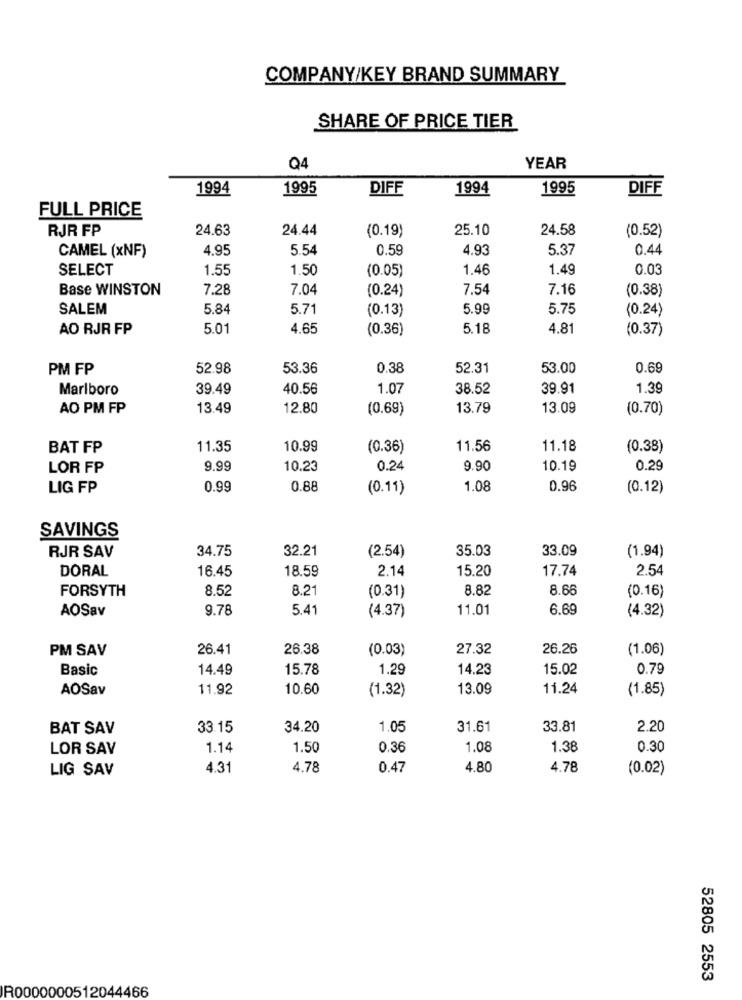
COMPANY/KEY BRAND SUMMARY
SHARE OF PRICE TIER
Q4
YEAR
1994
1995
DIFF
1994
1995
DIFF
FULL PRICE
RJR FP
24.63
24.44
(0.19)
25.10
24.58
(0.52)
CAMEL (xNF)
4.95
5.54
0.59
4.93
5.37
0.44
SELECT
1.55
1.50
(0.05)
1.46
1.49
0.03
Base WINSTON
7.28
7.04
(0.24)
7.54
7.16
(0.38)
SALEM
5.84
5.71
(0.13)
5.99
5.75
(0.24)
AO RJR FP
5.01
4.65
(0.36)
5.18
4.81
(0.37)
PM FP
52.98
53.36
0.38
52.31
53.00
0.69
Marlboro
39.49
40.56
1.07
38.52
39.91
1.39
AO PM FP
13.49
12.80
(0.69)
13.79
13.09
(0.70)
BAT FP
11.35
10.99
(0.36)
11.56
11.18
(0.38)
LOR FP
9.99
10.23
0.24
9.90
10.19
0.29
LIG FP
0.99
0.88
(0.11)
1.08
0.96
(0.12)
SAVINGS
34.75
32.21
(2.54)
35.03
33.09
(1.94)
RJR SAV
DORAL
16.45
18.59
2.14
15.20
17.74
2.54
FORSYTH
8.52
8.21
(0.31)
8.82
8.66
(0.16)
AOSav
9.78
5.41
11.01
6.69
(4.32)
(4.37)
PM SAV
26.41
26.38
(0.03)
27.32
26.26
(1.06)
Basic
14.49
15.78
1.29
14.23
15.02
0.79
AOSav
11.92
10.60
(1.32)
13.09
11.24
(1.85)
BAT SAV
33.15
34.20
1.05
31.61
33.81
2.20
LOR SAV
1.14
1.50
0.36
1.08
1.38
0.30
LIG SAV
4.31
4.78
0.47
4.80
4.78
(0.02)
52805 2553
R0000000512044466